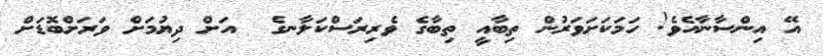
އޭ އިންސާނާއެވެ! ހަމަކަށަވަރުން ތިބާއީ ތިބާގެ ވެރިރަސްކަލާނގެ  އަށް ދިޔުމަށް ވަރަށްބޮޑަށް